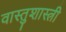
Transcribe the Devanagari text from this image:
वास्‍तुशास्‍त्री